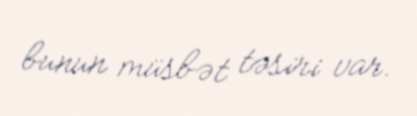
bunun müsbət təsiri var.